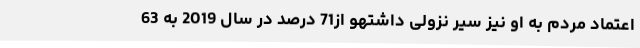
اعتماد مردم به او نیز سیر نزولی داشتهو از71 درصد در سال 2019 به 63